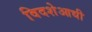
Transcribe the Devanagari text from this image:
विदशेआधी